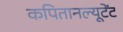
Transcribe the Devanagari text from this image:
कपितानल्यूटेंट